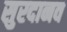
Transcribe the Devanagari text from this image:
सुरदानव